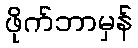
ဖိုက်ဘာမှန်